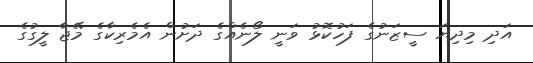
އަދި މިދިޔަ ސީޒަނުގެ ފަހުކޮޅު ވަނީ ލޯނެއްގެ ދަށުން އެމެރިކާގެ މޭޖާ ލީގުގެ